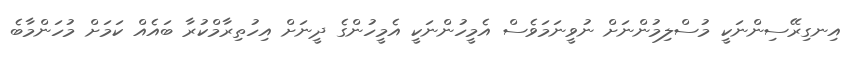
އިނގިރޭސިންނަކީ މުސްލިމުންނަށް ނުވީނަމަވެސް އެމީހުންނަކީ އެމީހުންގެ ދީނަށް އިހުތިރާމްކުރާ ބައެއް ކަމަށް މުހަންމާބެ